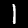
Label: 1